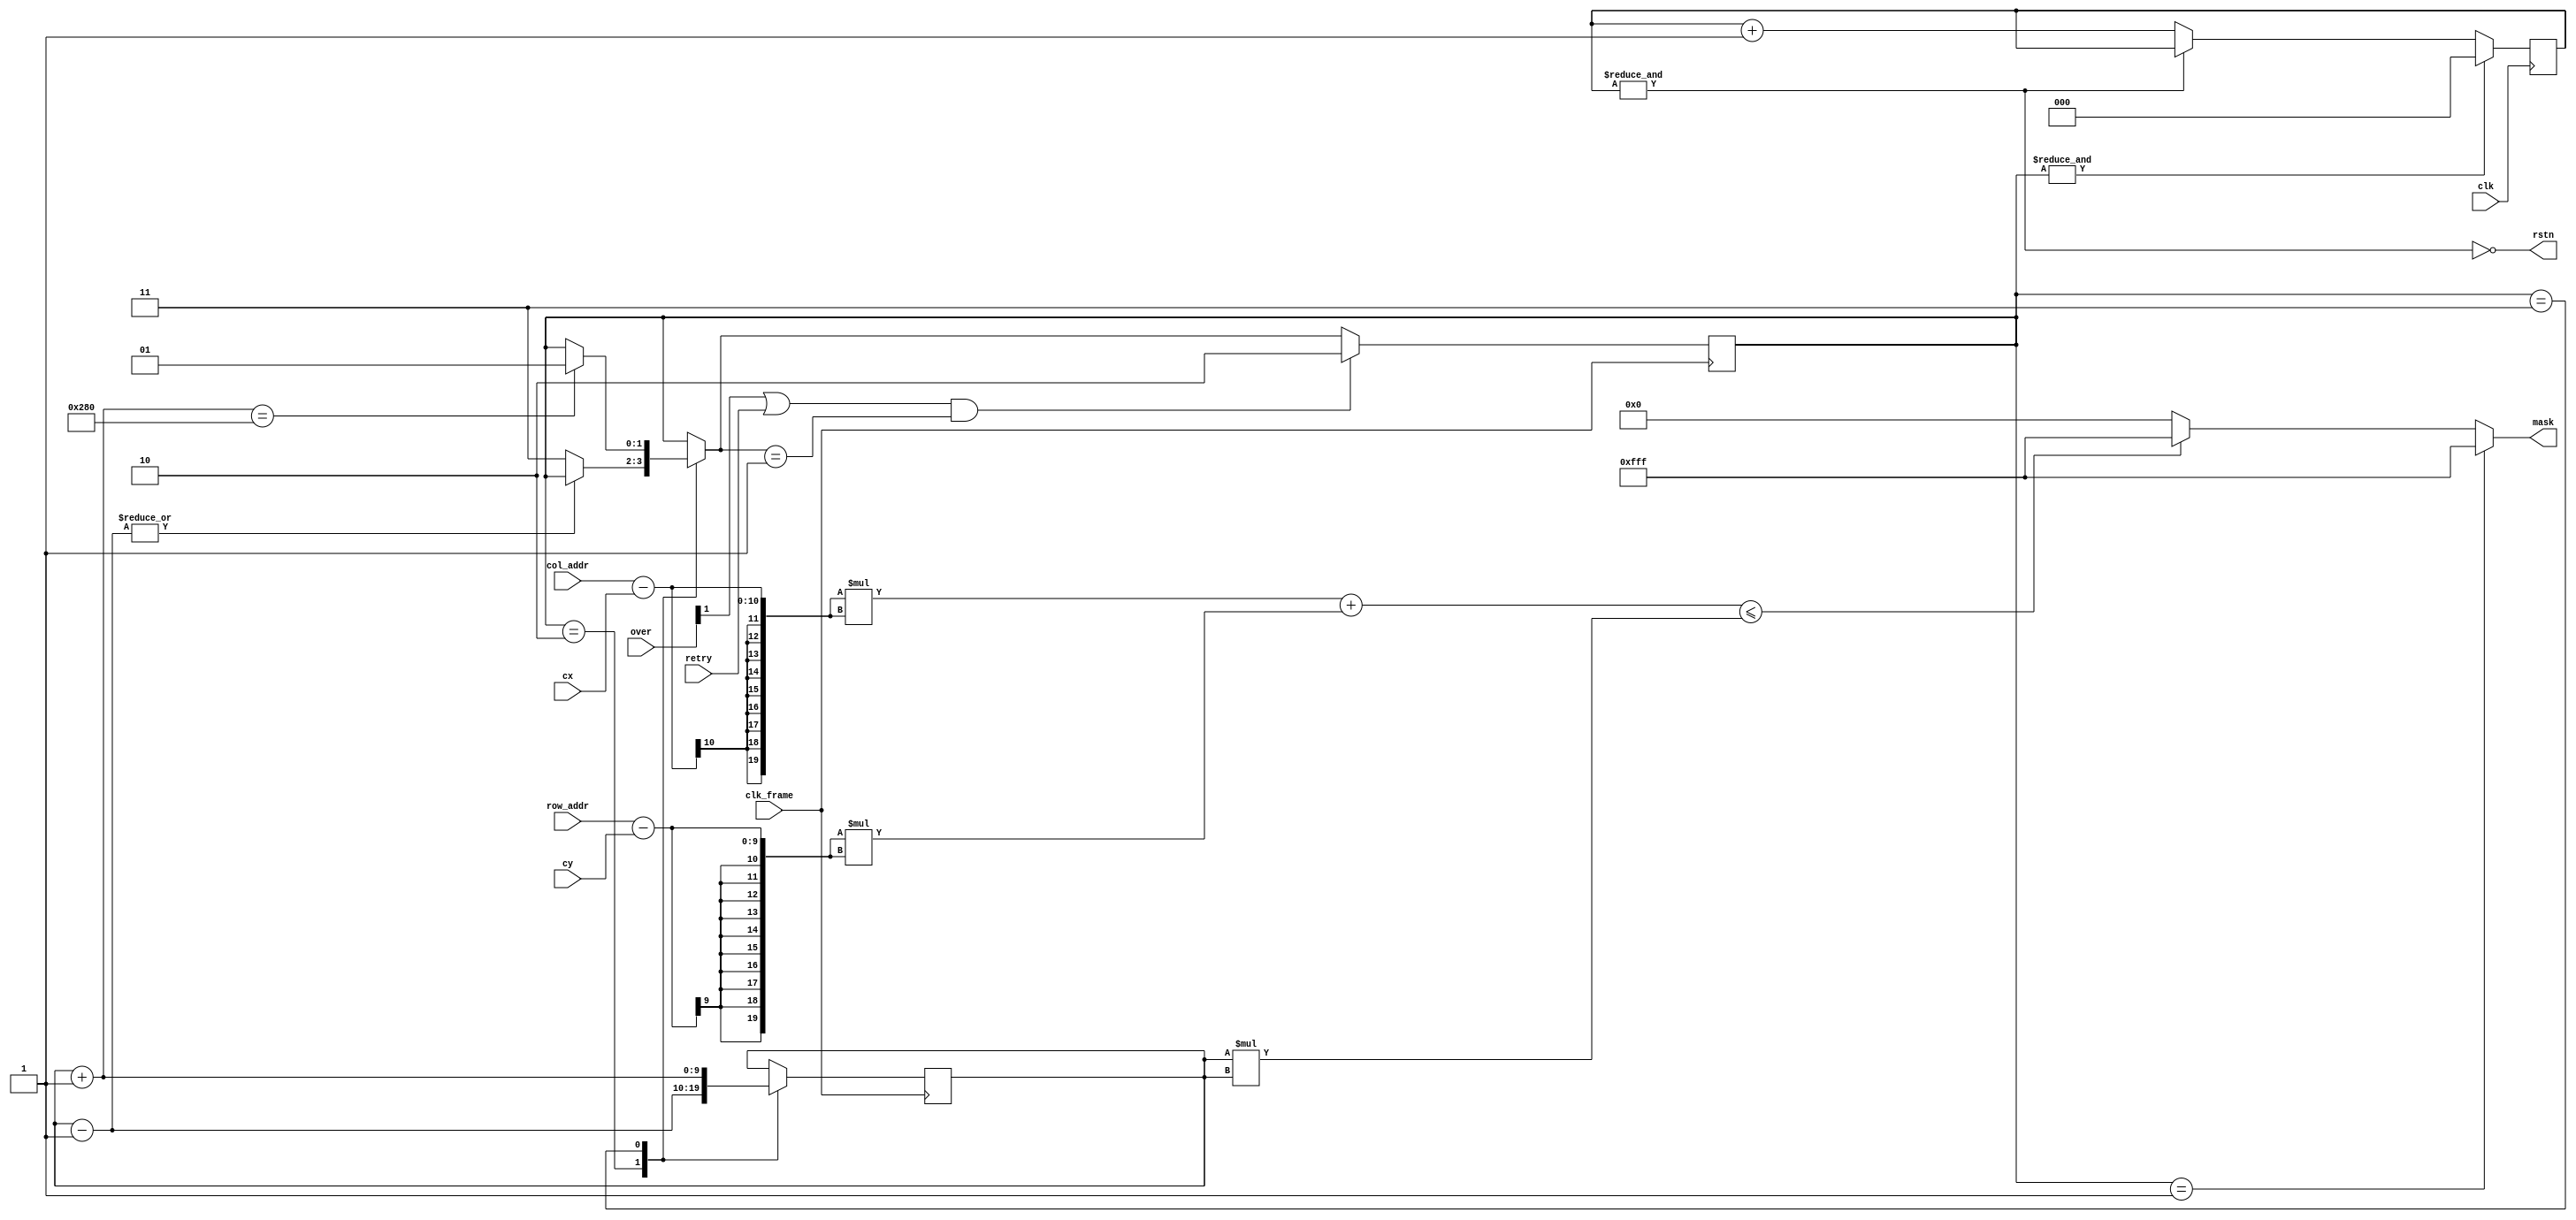
`timescale 1ns / 1ps
//////////////////////////////////////////////////////////////////////////////////
// Company: 
// Engineer: 
// 
// Design Name: 
// Module Name:    GameController 
// Project Name: 
// Target Devices: 
// Tool versions: 
// Description: 
//
// Dependencies: 
//
// Revision: 
// Revision 0.01 - File Created
// Additional Comments: 
//
//////////////////////////////////////////////////////////////////////////////////
module GameController(
    input clk, 
    input clk_frame, 
    input [1:0] over, 
    input retry, 
    input [8:0] cy, 
    input [9:0] cx, 
    input [8:0] row_addr, 
    input [9:0] col_addr, 
    output rstn, 
    output [11:0] mask
    );

    localparam MAX_RADIUS = 640;
    reg [1:0] zoom_state = 2'b11; // 01: bright; 10: darking; 11: brighting
    reg [9:0] radius = 0;
    reg [2:0] init_ticks = 3'b111;
    assign rstn = ~&init_ticks;

    wire [19:0] x_sqr = (col_addr - cx) * (col_addr - cx);
    wire [19:0] y_sqr = (row_addr - cy) * (row_addr - cy);
    wire [19:0] radius_sqr = radius * radius;
    assign mask = zoom_state == 2'b01 ? 12'hFFF : 
         (x_sqr + y_sqr <= radius_sqr ? 12'hFFF : 12'h0);

    always @(posedge clk) begin
			if (~&init_ticks) init_ticks = init_ticks + 1'b1;
			if (&zoom_state) init_ticks = 3'b0;
    end

    always @(posedge clk_frame) begin

        case (zoom_state)
            2'b10: begin // darking
                radius = radius - 1'b1;
                if (~|radius) begin
                    zoom_state = 2'b11;
                end
            end
            2'b11: begin // brighting
                radius = radius + 1'b1;
                if (radius == MAX_RADIUS) begin
                    zoom_state = 2'b01;
                end
            end

        endcase

        if ((over[1] | retry) & zoom_state == 2'b01) begin
            zoom_state = 2'b10;
            // TODO: the next stage when winning
        end

    end

endmodule